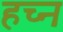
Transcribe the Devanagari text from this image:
हच्न